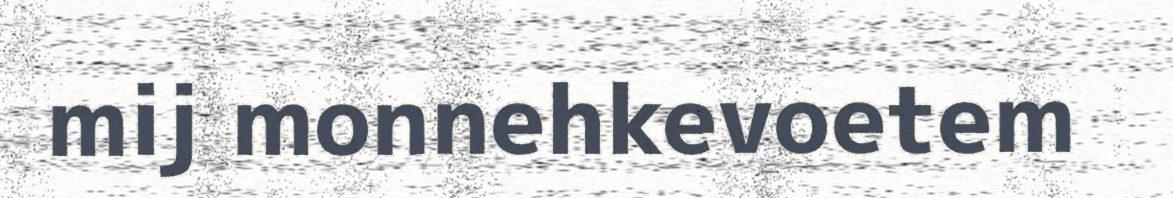
mij monnehkevoetem